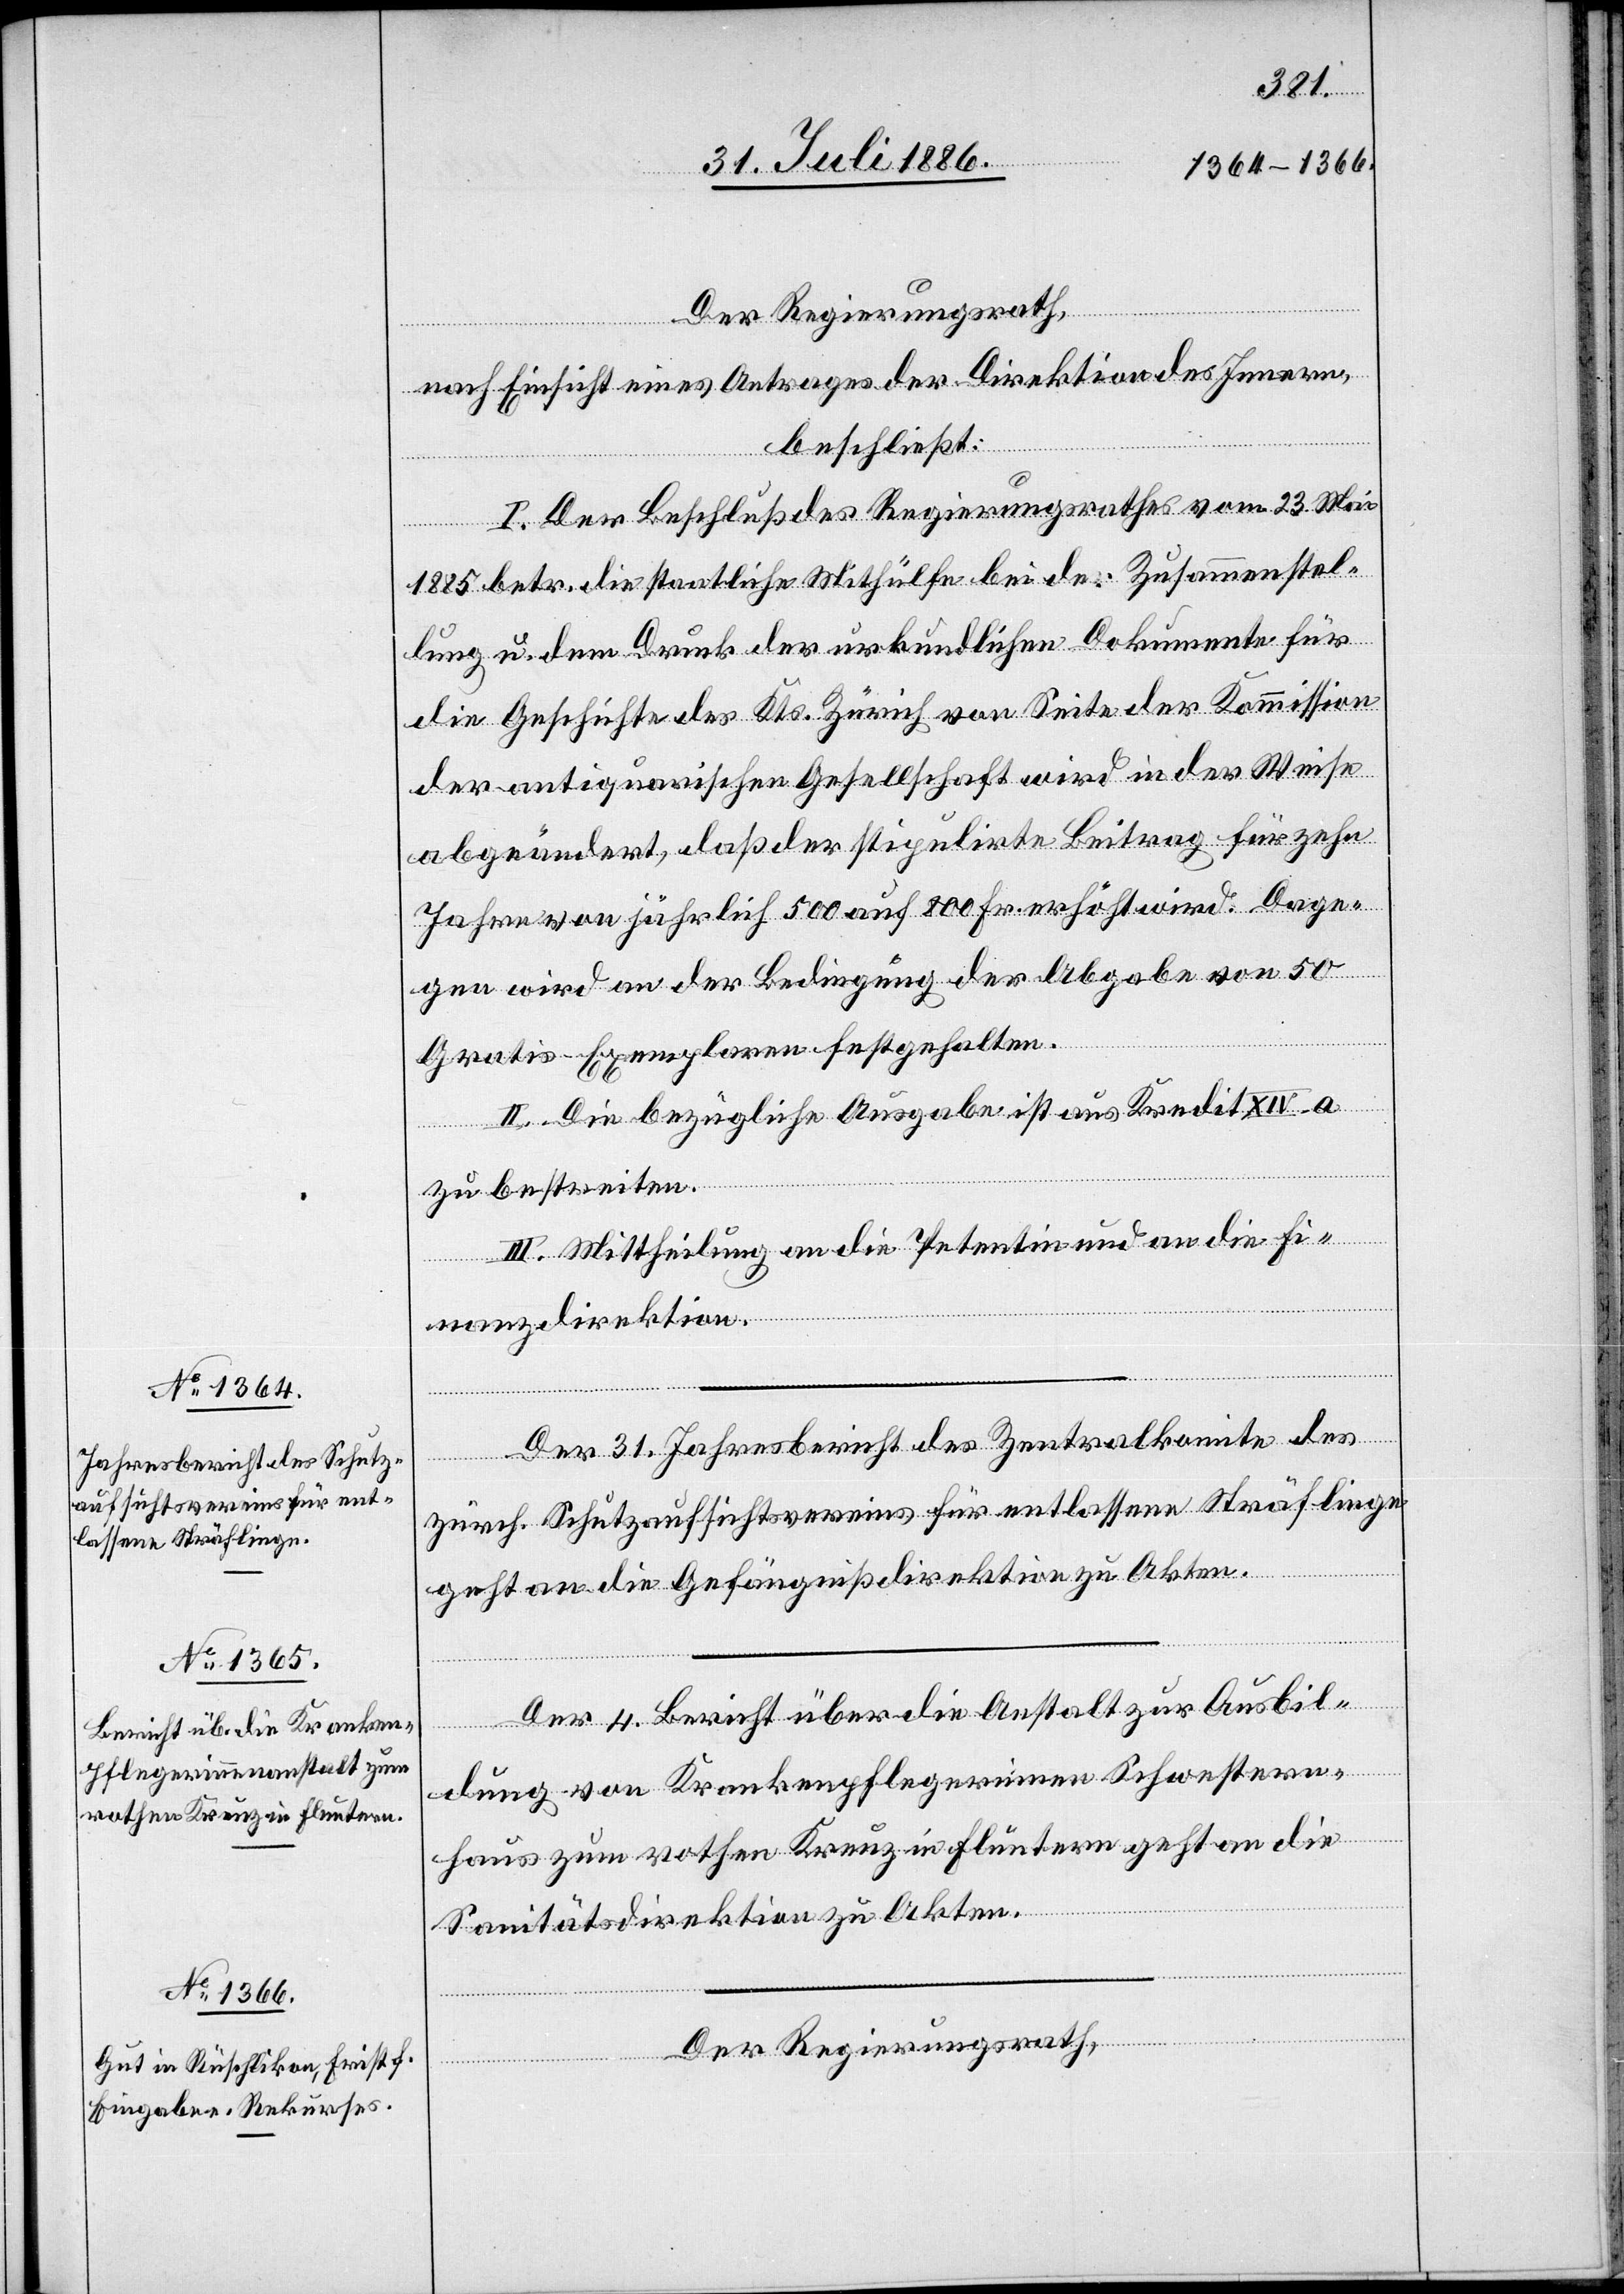
Der Regierungsrath,
nach Einsicht eines Antrages der Direktion des Innern,
beschließt:
I. Der Beschluß des Regierungsrathes vom 23. Mai
1885 betr. die staatliche Mithülfe bei der Zusammenstel¬
lung u. dem Druck der urkundlichen Dokumente für
die Geschichte des Kts. Zürich von Seite der Kommission
der antiquarischen Gesellschaft wird in der Weise
abgeändert, daß der stipulirte Beitrag für zehn
Jahre von jährlich 500 auf 800 Fr. erhöht wird. Dage¬
gen wird an der Bedingung der Abgabe von 50
Gratis-Exemplaren festgehalten.
II. Die bezüglich Ausgabe ist aus Kredit XIV. a
zu bestreiten.
III. Mittheilung an die Petentin und an die Fi¬
nanzdirektion.
Der 31. Jahresbericht des Zentralkomite des
zürch. Schutzaufsichtsvereins für entlassene Sträflinge
geht an die Gefängnißdirektion zu Akten.
Der 4. Bericht über die Anstalt zur Ausbil¬
dung von Krankenpflegerinnen Schwestern¬
haus zum rothen Kreuz in Fluntern geht an die
Sanitätsdirektion zu Akten.
Der Regierungsrath,